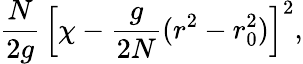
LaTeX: \frac{N}{2g}\, \left[\chi-\frac{g}{2N}(r^{2}-r_{0}^{2})\right]^{2},